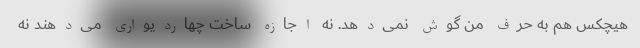
هیچکس هم به حرف من گوش نمی‌دهد. نه اجازه ساخت چهاردیواری می‌دهند نه